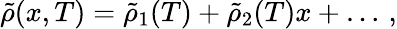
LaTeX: \tilde{\rho}(x,T)=\tilde{\rho}_{1}(T)+\tilde{\rho}_{2}(T)x+\dots\, ,